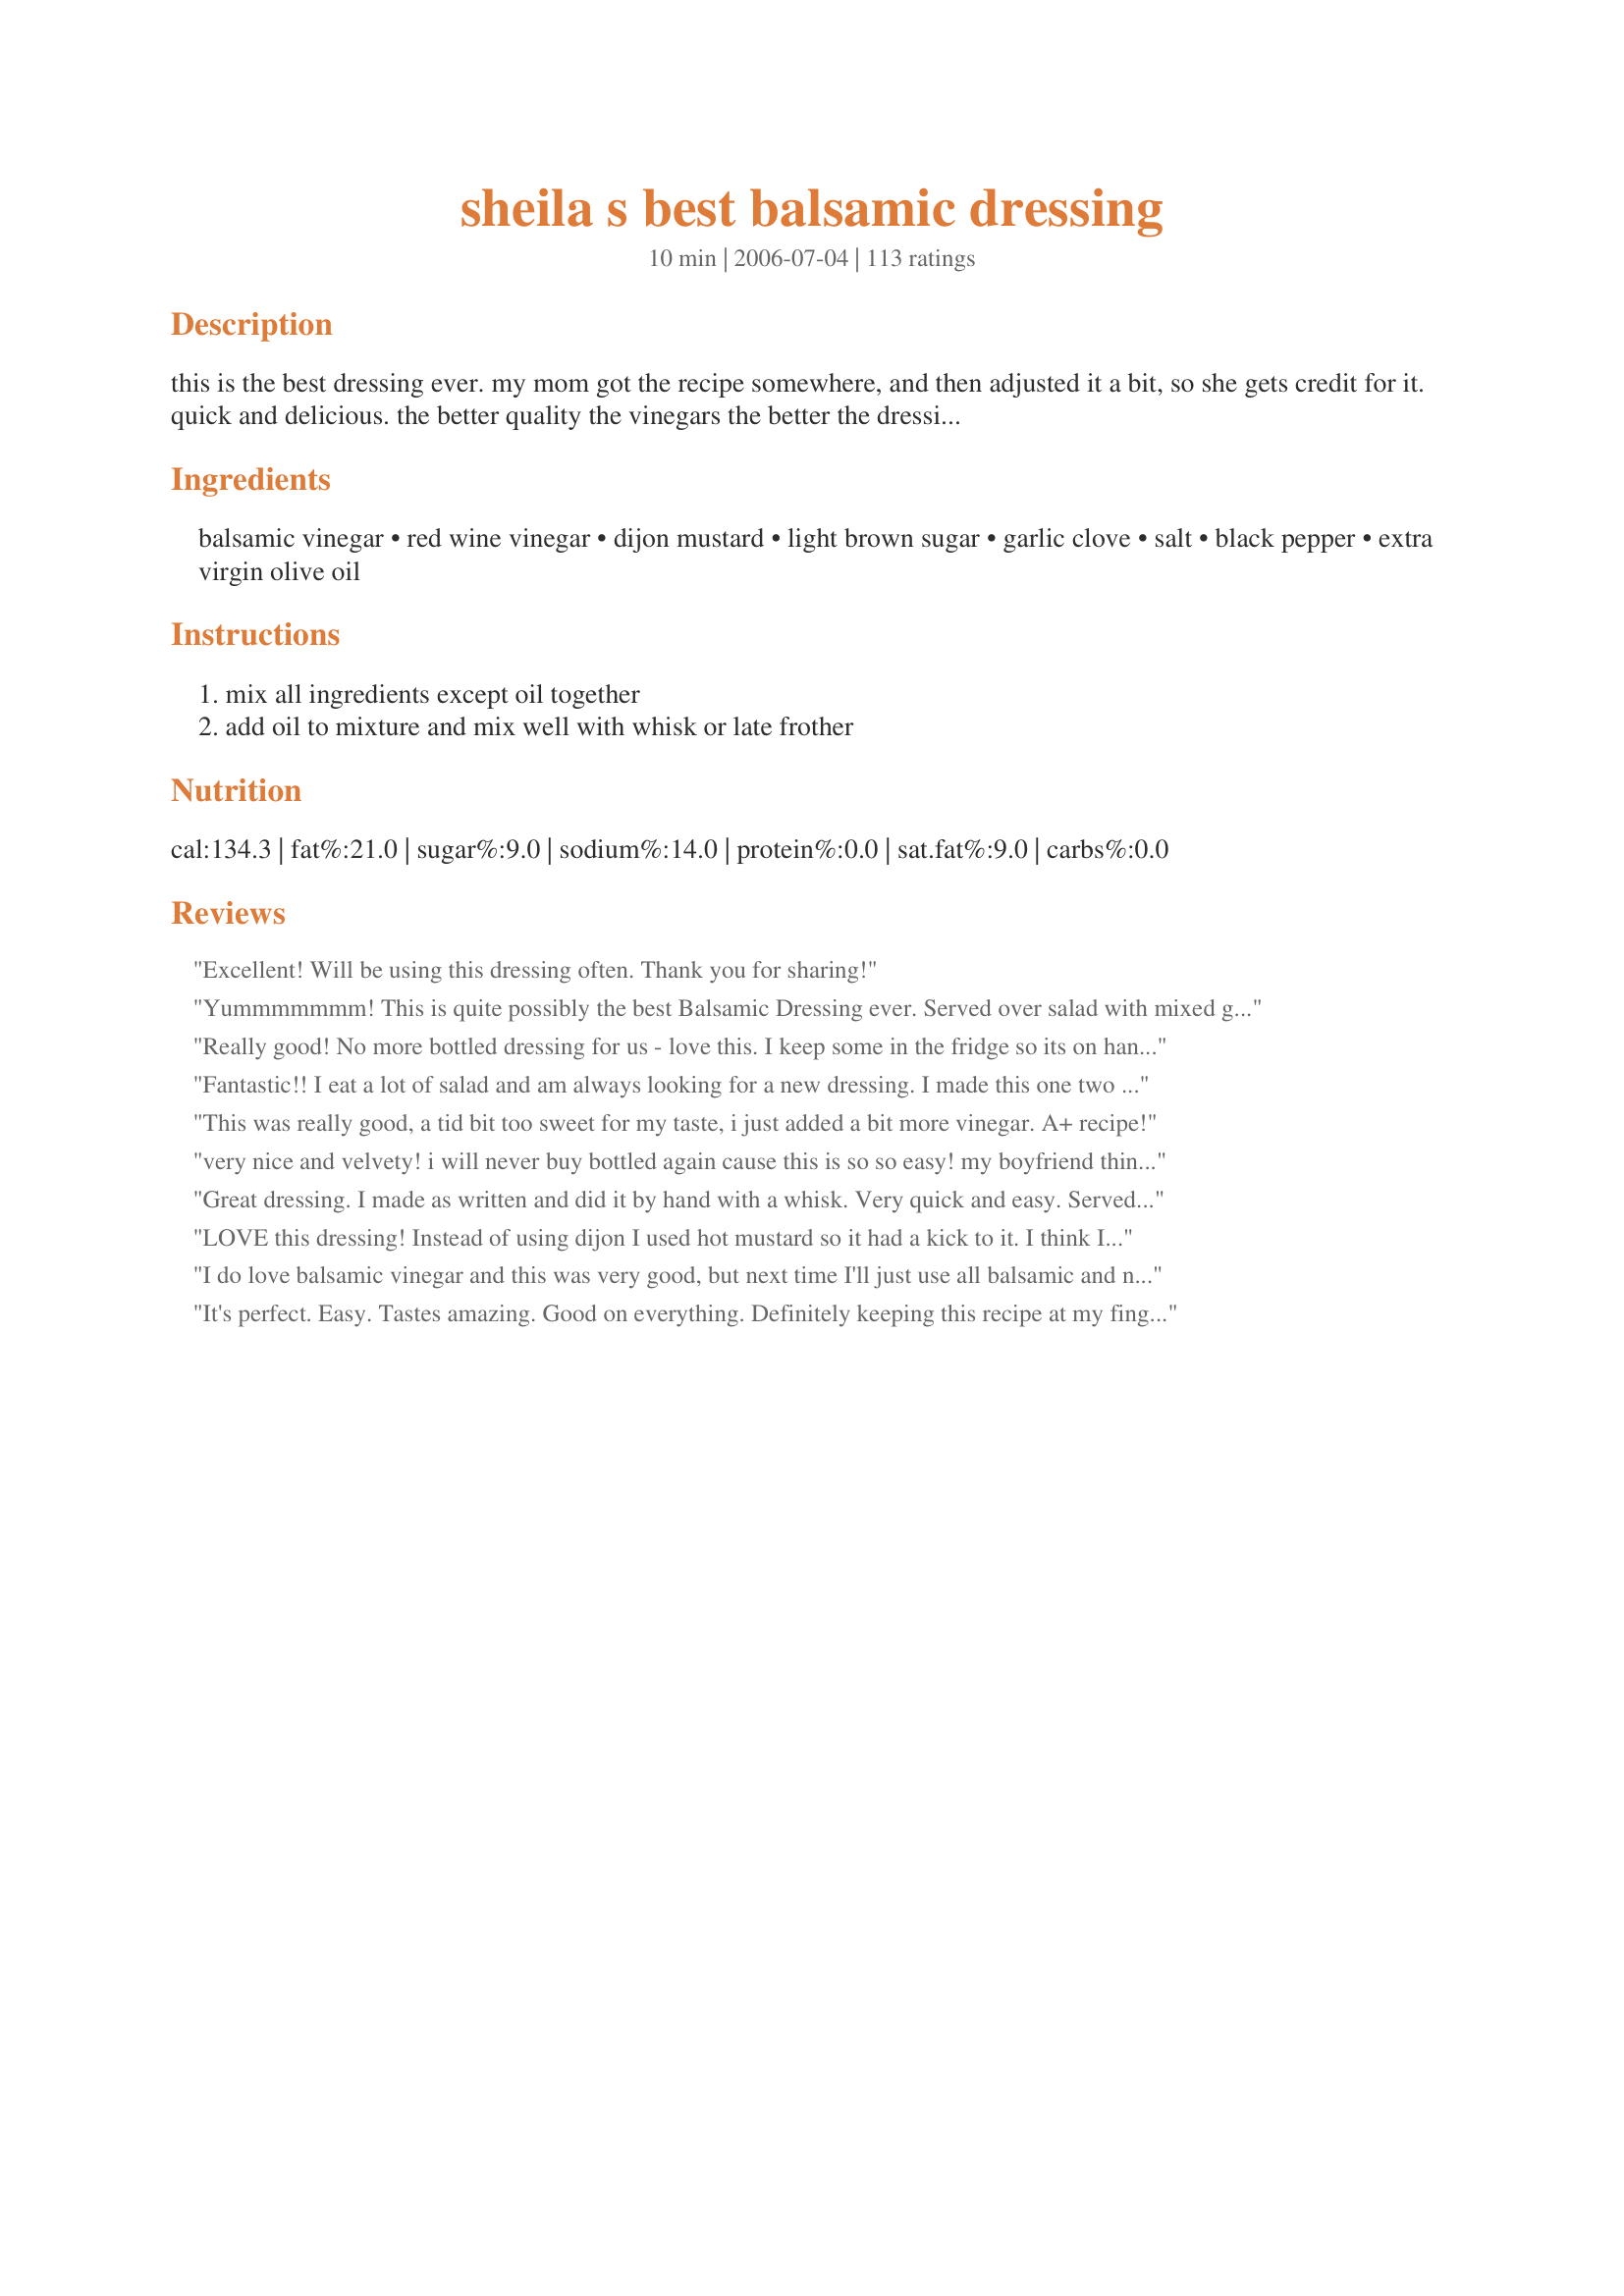
sheila s best balsamic dressing
Preparation time: 10 minutes

this is the best dressing ever. my mom got the recipe somewhere, and then adjusted it a bit, so she gets credit for it. quick and delicious. the better quality the vinegars the better the dressing. i like to use a latte frother to mix the dressing. if you use the garlic make sure it is very fresh or it gets a little bitter in the dressing, it is optional. enjoy!!

Ingredients:
balsamic vinegar, red wine vinegar, dijon mustard, light brown sugar, garlic clove, salt, black pepper, extra virgin olive oil

Steps:
mix all ingredients except oil together, add oil to mixture and mix well with whisk or late frother

Reviews:
Excellent! Will be using this dressing often. Thank you for sharing!
Yummmmmmm! This is quite possibly the best Balsamic Dressing ever. Served over salad with mixed greens, tomatoes, dried cranberries and goat cheese. Delish!
Really good! No more bottled dressing for us - love this. I keep some in the fridge so its on hand all the time.
Fantastic!! I eat a lot of salad and am always looking for a new dressing. I made this one two nights in row and have a feeling it will be a favorite. I made the second batch with splenda instead of brown sugar which worked out well. Thanks!
This was really good, a tid bit too sweet for my taste, i just added a bit more vinegar. A+ recipe!
very nice and velvety! i will never buy bottled again cause this is so so easy! my boyfriend thinks im a trained chef now.
Great dressing. I made as written and did it by hand with a whisk. Very quick and easy. Served it with Recipe #64246 and Recipe #244592.
LOVE this dressing! Instead of using dijon I used hot mustard so it had a kick to it. I think I added an extra clove of garlic, too! Thanks for sharing!
I do love balsamic vinegar and this was very good, but next time I'll just use all balsamic and never mind the red wine vinegar. (I've been known to sneak a spoonful of balsamic vinegar now and then as a little treat!) I didn't have brown sugar, and used &quot;raw&quot; sugar instead. Made for your fabulous football win 2017!
It's perfect. Easy. Tastes amazing. Good on everything. Definitely keeping this recipe at my fingertips. Thank you!
Mrs Goodall & Sheila sold me on balsamic with this one. Really different. Tangy and Sweet. Never liked the looks of balsamic vinegar and really didn't know how to use it. Now I do. Thanks
Simply divine!!
No wonder you have all these great reviews, I'm just adding mine to the list. Your Mom has one great dressing here. Not to sweet and not to tart. Great blend of flavors that come together easy. I made it as directed with no problems. My only issue was it didn't make near a one cup serving as I'd have liked to have a lot more left over for dinner tonight. Thanks for posting this awesome salad dressing.
5 Bright Stars for this one! Wonderful flavor . . . a definite keeper!

Update: Just made this again for ZWT III and have to say it's my favorite. . . it's a regular standby on the boat!
This dressing was great. All the flavors mingled together nice and it didn't come out with a strong vinegar taste. I use plain oil olive instead of extra virgin because that is what I had in the cabinets. Next time I will double it up.
Great recipe, I loved the ratio of vinegar to oil. I didn't feel like mincing the garlic, and normally I would have just made this in the food processor (but it was otherwise occupied) so I just used 1/2 tsp. of garlic salt instead. Great and I will make again!
Awesome! Loved it.
Wordeful dressing, one of the best I've ever tasted. I had it with lettuce, arugula, tomato salad and I also added some capers. Very good! Its defenatly a keeper, thanks for sharing Mrs Goodall!
Delicious, easy and I always have the ingredients in the house. Used it on spinach salad with toasted walnuts, blue cheese, green onions and beets. I made a double batch so will try it on something else tomorrow.
This is the best it also keeps very well in the fridge a good 4 weeks thanks
One more 5-star review! I&#039;ve made many different dressings, but this is certainly the best balsamic vinaigrette I&#039;ve ever had. Followed the instructions exactly, except for doubling the garlic (personal preference!). I can&#039;t see a reason to try any other. Thanks so much for posting! Made for Culinary Quest 2014.
Excellent blend of flavors in this dressing. Easy to make and tasted great. Thanks.
I can't give this one a star rating yet because I quadrupled the recipe and I'm not sure it increased well. As is, it was too pungent with vinegar and pepper. I ended up adding a lot more brown sugar and some canola oil to balance the flavors. To the total recipe I only added 1 large garlic clove because I didn't want that to be too overpowering. I served the altered dressing to guests and it had rave reviews. I'll have to try this again and not increase the recipe to see how I like it.
Absolutely delicious! I did not change a think on this recipe and served it over a salad of baby spinach leaves with toasted pinenuts and dried cranberries for Thanksgiving. Everyone loved it!
This had a perfect balance of flavors. I always make my own salad dressing and just guess at proportions--with mixed results. I will use this recipe from now on. I opted to add the garlic as I love it in just about anything. 
I served this over chopped romaine, cherry tomatoes, thinly sliced red onions, and capers. I garnished with shavings of Manchego cheese. I served this at a Spanish themed dinner party and everyone loved it. Thank you for a great recipe Mrs. Goodall.
Like all the other reviewers, I thought this dressing was really, really good. I made it when we had guests, and before they left they insisted that I give them the recipe. I have made it again since then, and the only change I made was to very finely chop up some scallions which add a nice oniony taste to the dressing. Thanks for posting, this is very easy to make and it is much better than a store bought dressing! 
Kelly
Very good and easy to make with things in my pantry! Thanks for posting!
Very easy and good!
This was a great dressing to use on a simple tossed salad. Full of fresh flavor that we liked very much! Will have to make sure I always have this dressing in the fridge. Made and reviewed for Culinary Quest 2014 - Cruisin&#039; Culinary Queens.
what do we need the brown sugar for?
Wow, the perfect blend of sweet and sour. I used a stick blender and threw everything into a large 2 cup measuring cup, doubled the recipe, and blended it until smooth.
Wonderful, the garlic really makes it. Add a little italian seasoning for an added flavor, 1/2 tsp, or 1 tsp for double recipe.
What a great recipe! Followed the recipe but added slightly more balsamic vinegar so that i could reduce it on the hob to sweeten it off. The in-laws loved the resulting dressing on the salad- many thanks!
Excellent!! Made it as written the first time. The second time I doubled it. Will continue to make this for years to come!! Thanks!! 8~)
Had it on mixed greens strawberry and goat cheese salad my girlfriend put together. It was amazing. Was so easy to mix, and glad I went this route instead of buying a jar from store.
Best balsamic recipe I've tried. Make sure to drizzle in oil slowly while whisking to ensure the two mix well (emulsify). That will keep the vinegars and oil from separating over time. Thanks for posting!!
I have been using your recipe for some time now... its my GO TO for balsamic dressing... Thank you so much for the post... I add a bit extra garlic (just our thing in this house).... I love this on spring mesclun mix sp?? salad... its wonderful.... for croutons i crumble up bagel chips and sometimes grate some parmesan before i toss... this is a keeper guys.. give it a go!
One word says it all - delicious! It&#039;s easy and quick to make with ingredients I typically have on hand. You can&#039;t beat that! Made for Culinary Quest 2014.
DIVINE!! It was GONE at supper, not a drop left!
I double the recipe and use vegetable oil instead of olive oil. I have made this dressing many times (I just forgot to review it before) and everyone who has tried it loved it. I've made it with olive oil and vegetable oil and I think it tastes the same either way so I use vegetable oil since it's cheaper. I use an electric wire whisk to mix it. I find that it's a very effective way to get the oil and vinegar to mix. My roommate and I eat salad a lot and we make this every week. Another thing I like is that it doesn't need to sit for hours like some dressing does. We eat it right away and it has plenty of flavor. Thanks for sharing this recipe!
Wow, this was easy and so tasty. This will be my go-to quick and tasty dressing!
Very good and very easy to make.
Restaurant Quality, already made 2nd batch!
Oh this is yummy! Didn&#039;t have red wine vinegar so I used applecider vinegar. It was great!
There's not much I can add - this really is a perfect balsamic dressing. I just whisked with a fork to emulsify as I added the oil and it worked fine. Wonderful recipe - thanks for posting!
Wow! I made today and took to a work lunch. Everyone raved and required I bring the recipe to work tomorrow. I made as is, except I used pomegranate red wine vinegar and a touch more brown sugar. This will most definitely make it's way into my recipe book! A great staple~
I made this for my husband's birthday--he wanted steak salad and he loves balsamic vinegar. I bought him some 12-year-old balsamic vinegar and he loved it. Thanks for posting!
Amazing...absolutely amazing! I was so tired of store-bought dressings. This was excellent!
This was easy and the best I've had. Love it!!!!
Thanks for a delicious salad dressing that has just the right amount of zing. It is not an overly-sweet dressing; the dijon mustard is the more pronounced flavor. Best yet, it only makes a little, but is so easy to whip up when the occasion is needed. Thank you, Mrs. Goodall...and your mom.
This is a great salad dressing....so easy, but yet so tasty. Made my simple lettuce and tomato salad taste like a gourmet salad!!!!
Love this dressing.The best ever Ive tasted.So nice I drown my salad in it.
This was absolutely fabulous! I followed one reviewers idea and used sweet-hot mustard instead of the Dijon and also added the extra clove of garlic. I then also wanted something to complement my spinach salad so added 1/2 cup of orange juice before mixing in my food processor, well emulsified and tasty to boot. Better the second day if that's possible!!
Loved it!
Made it as-is, though doubled it and probably went a tad heavier on the garlic due to some large cloves. Loved it. This is a killer balsamic vinaigrette that is a snap to make. This may just become my go-to balsamic vinaigrette.
Delicious. Not too sweet. Not too bitter.
A really amazing dressing. I made a few changes- I only had honey dijon mustards, so I used that instead of regular, used Splenda instead of brown sugar and doubled the garlic. This dressing really is phenonmenal. It has the perfect blend of sweet and tangy. Thanks!
This is a great, easy and quick dressing to make at home. If you are a balsamic fan this one is easy and tastes better than any I have purchased in a bottle. Thanks!!! This is a keeper.
This a great recipe...easy to put together on the spur of the moment because you usually have everything already on hand. Made this in just a few minutes and my sister made me let her have the leftovers. Universally liked and easy to make! Thanks for sharing.
I needed a quick dressing and served this over field greens. It starts out very thick but when you add tomatoes it thins out nicely. It had a nice rich flavor, especially with the larger amount of mustard. Thanks Mrs. Goodall, for posting.

Roxygirl
You're absolutely right, this is the best dressing! I sent my hubbie out to pick up Paul Newman's Balsamic dressing...and he arrived home with Italian??? I searched Recipezaar for Balsamic and came to the conclusion yours sounded the best... I decided to try it.I guess it was fate...because I am so happy I found this!! I will never buy store bought again!!! Thanks a bunch!!!
This dressing is the perfect blend of tart, tangy, and sweet. So quick and easy to make and I always have all the ingredients at hand. It is now my son's favorite dressing and I keep some made all the time. Thanks to you, Mrs Goodall, and your mom!
I've been looking for the Balsamic dressing like at La Madeleine's, even though this was a different taste, It's still outstanding! I added a little bit of mayo to thicken it up! Thank you!
I just made this, and it was terrible. I thought something was odd because the ingredients are way too simple for it to be a spectacular restaurant quality dressing, as some noted, but turns out it WAS way too simple. It tasted like pure vinegar mixed with olive oil.... you could barely taste the garlic, the brown sugar was not nearly enough to balance out the caustic overly vinegary taste even when 2/3 of the vinegar was a (high-quality) balsamic variety. Balsamic-based dressings usually have a bit more non-acidic flavor and sweetness to it, not just mixing it with another vinegar and oil and throwing in one garlic clove adding a pinch of sugar. It tasted like creamy vinegar and EVOO, period. I could only eat a few spoons of it, and I left the rest of it in the container to figure out tomorrow what to add to it so I don’t waste the ingredients. I’m glad the recipe only made a half a cup.
All right first of all, you only need to try the sauce by itself to realize how good this stuff is. Heavenly over baby spinach. 5/5.
Really great and easy to prepare, didn't take more than 5 minutes. Loved it on some red leaf lettuce with carrots and cucumbers! I did add the optional garlic and wouldn't have it any other way!
This is a really fantastic dressing. I started it in a shkaer and finished it off in the small food processor, to get a nice smooth consistency. It came out tart and velvety with a slightly sweet undertone. Just delicious!
Thanks for posting this recipe! It is my go to recipe when I need a dressing! I can make it sweeter with a little more brown sugar or not - depending on the salad. It's really delicious! Thanks!!!
Wow! This is really good, restaurant quality dressing. The proportion of vinegar and oil is just right and I think the mustard adds a nice tang. I mixed it up in my magic bullet, which made it kind of creamy. Used it on a tomato salad with fresh basil and parmesan cheese. Thanks for posting!
4.5 stars! I did not have red wine vinegar so I sub with white wine vinegar. I also used horseradish mustard instead of dijon mustard. We don't like our dressing oily so I used only 1 tbsp of EVOO. I will not omit the minced garlic next time as it seems to be that extra something this dressing needs.
Very good! Used 1/2 tsp garlic powder instead of fresh garlic and it was still delicious. We will definitely make this again. Thank you!
A family favorite! Served it to many friends and family, and it's a hit everytime. Thank you for posting!
This dressing is off-the-chart yummy! I make all my own dressings and this will be my balsamic dressing forever more. I make a double batch, and would make a triple if I had a bottle big enough to put it in. We go through a double batch in about two weeks and it has always kept well in the cupboard. No need to refrigerate. Thanks to you and your mum for this fantastic recipe.
Great dressing, a keeper for sure. I only used a little more than half of the olive oil because I didn't want to dilute the wonderful flavor, and I loved the "tang" Thanks for posting.
Use this dressing 5 out of 7 days a week. It is fantastic! The only change I made, simply because I did not have the red wine vinegar on hand, was to use apple vinegar in its place. I liked it so much I've just continued to use the apple vinegar. Great dressing with a sharp bite and great depth of flavor!
How long will this dressing last?
All I can say is "DELICIOUS"! Thanks for posting!
We enjoyed this dressing very much. It is quick to prepare, and we doubled the recipe. Thank you. This is waaaaay better than any bottled dressing!
Wonderful! Fantastic! Impressive! It was dinnertime... I noticed I had no dressing other than blicky Ranch... So I turned to Zaar... And here was this lovely little recipe just screaming to be made! Mrs G, this is divine! I had never had balsamic dressing of any kind before. But after an introduction like this one, I know I will have it often from now on! Thanks to your mother for her adjustments and thanks to you for posting it!
Sheila, give your mama a big hug for me! This was fantastic! This tastes and looks just like the dressing on one of my favorite salads at Sami's Woodfired Pizza here in San Diego. Their's is a balsamic basil so I'm guessing if I went the extra mile and whirled in a little basil I'd be saving myself some big money! Thank you so much. This will be a standby from now on.
This is the best dressing in the world!! Thank you so much.
Very good balsamic salad dressing, it pleased most people at dinner (it could be that the one person who didn&#039;t like it as much just doesn&#039;t like balsamic vinegar, because I used a very good quality aged balsamic vinegar). I was happy to have some leftover for my lunch. Thank you for sharing this recipe, Mrs. Goodall! Made for Culinary Quest.
Simple lovely, my new standard!
This is an awesome dressing, I followed the directions as written. It's not too sweet, not too tangy and goes well with apples, gorgonzola, and candied walnut salad with field greens. Everyone I served it to loved it! Hit of the party!
Yum ! Tossed with some Spring Greens and topped with some crumbled Feta. Oh yeah......
This is truly fantastic and it doesn't harden up in the fridge like other homemade vinaigrette recipes. I'll never buy bottled balsamic dressing again -- this is truly the best! We make it in a double batch and keep it on hands at all times. Try it on roasted vegetables as well as spinach salad.
Wow ! Great Find ! I didn't have any honey dijon so i used the greatest mustard in the world...Peppadew mustard and wow,i dont think i will ever use any other dressing again.Thanks!
Doubled this recipe and made it for very discerning dinner guests. Didn't change anything. Used a planer to mince the garlic for a more subtle taste and so that no one would get a big chunk of garlic. Delicious, wonderful flavor combination. Won't ever buy bottled balsamic again. Everyone enjoyed it.
Great dressing! I didn't think it'd be so easy :) Thanks so much.
Really delicious dressing--though I don't consider the garlic optional--used two cloves and an immersion blender.
Amazing, this is the first salad dressing I've ever made! Can't wait to share it with my family and friends! Quick, easy and simply delicious!!!!!!!!!!!!!! Strongly recommend:) Thank-you Sheila! Oh and a question, what's the expiry for this and should I keep it in the fridge after making?
This is wonderful! I was looking for a creamy and slightly sweet dressing for my filet mignon salad and this is it! For 2 servings of salad:<br/>8 oz Filet Mignon (salt and peppered)<br/>1/2 Tab Butter & 1/2 Tab Olive Oil<br/>2 oz crumbled feta cheese (or goat if you like)<br/>2 roma tomatoes diced<br/>5 thin slices red onion (optional)<br/>1/2 head red leaf<br/>1/2 head iceberg<br/>Cook filet until in butter and oil untildesired doneness. Set aside.<br/>Clean, cut into bite size pieces, and toss lettuces with tomato, feta, & onion (if using), with this wonderful dressing. Slice and lay filet on top with a couple of grinds of pepper. I serve it with french rolls, or garlic toast. It really is a great combo! Thank you so much for this recipe!!!
So easy to make and absolutely delicious! I&#039;ll never buy balsamic dressing at the grocery store ever again!! I think it&#039;s telling that the only person who isn&#039;t RAVING about this dressing is the one person who didn&#039;t actually follow the recipe at all. Thanks for sharing!
Excellent Dressing-smooth and rich. I did add 1 t. Italian herb blend after I pureed it with my hand held blender-yummy! I had some left over so yesterday I drizzled your dressing (now mine by the way) over garden sliced tomatoes, mozzarella slices and basil on grilled italian bread-I am now a kitchen rock star! Thanks for posting!!!

Di ;-)
Just had a friend over for lunch and it was a hit! Will use a lot from now on.
Fabulous recipe! I didnt have plain dijon mustard, so I substituted dijonaise, and it gave the dressing a bit of creaminess. My picky family LOVED this and I am now quadrupling the recipe to keep up!
This is amazing! It's so tangy and best of all.....it's good for you! I only made one change and that was honey for the brown sugar. Thanks so much!
Fantastic! I added honey and a splash of cream for body. Thanks!!
Seriously, this is the best salad dressing ever! I am pretty sure I could drink this stuff straight. It was wonderful with a simple salad. Thanks for the recipe.
Excellent dressing!! Great flavor combo and it was perfect on our salad tonight. Now I&#039;m bummed that I only made half a batch! Tomorrow is another day. ;-) Made for Culinary Quest - Italy - International Agents of Quest. Thank you!
So easy, and delicious. Just what I was looking for. Thank you.
I used this recipe for my supper club and got rave reviews. Works well. I added a splash more of the vinegars.
Excellent! Just processed this all in my small food processor and it was great. Thanks for a good recipe.
Vanessa
I used Canola Oil because I did not have Olive Oil. I substituted Red Wine Vinegar for Apple Cider Vinegar. I only had White Sugar, so I used that instead of Brown Sugar. I used Horse Radish instead of Mustard for more of a bite. I did not have Garlic so I added equal amounts of Ginger Root instead. I can only give this recipe one star because my husband said this was a terrible recipe. But it was fun making it.
DEEElicious dressing! This added a really nice zing to a salad of red leaf lettuce, cauliflower, red onion, carrot, pepitas, and cherry tomatoes. Our dinner guests and my husband repeatedly commented on the great homemade dressing. Thanks!
Really good and really easy! I used a milk frother to emulsify, and it stayed nicely mixed in the bottle.
Easy and yummy. I used a shaker container and shook everything else before I added the oil and shook that too. I will double next time to make 1 cup.
So was looking for a tasty Balsalmic Dressing. Did not have red wine vinegar in the refrigerator so substituted apple cider vinegar and tasted great. I also did not use fresh garlic as in my opinion overpowers the dressing.. Overall was a hit with spring mix salad I made.
LOVE LOVE LOVED IT! ! I'm always on the quest for a great salad dressing and here it is! I altered slightly to fit my tastes (sorry!) used 1/2 TBSP of Dijon, and at the last minute added about 1/2 Tsp of Splenda (for extra sweetness) Add the garlic ALWAYS. This one is for sure a Keeper! Thanks so much :D
Very good basic dressing. I like it very much but personally it is on the tangy side. I doubled the sugar amount and it became much milder. Thanks for posting it.
yummy and easy! my only changes were to use cider vinegar in place of red wine vinegar and instead of brown sugar, i used honey. thanks for posting, this is a great balsamic dressing!
This dressing is so quick and easy to make, and very yummy, too! I love that it uses ingredients that I always have on hand. I used a local olive oil company's balsamic vinegar and olive oil. I often use their flavored balsamic vinegars in my salad dressings, so I can't wait to try them with this recipe. Thank you for sharing this wonderful recipe...it is definitely a keeper. **Made for 2017 Football Pool**
Very delicious and simple dressing! Used it on a lettuce, tomato, cucumber and fresh mint salad and it was a hit!
Very Easy to make. This recipe was approved by my family. I used more sugar to offset the intensiveness of the vinegars. Made for Culinary Quest 2014.
